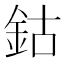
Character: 鈷